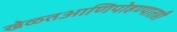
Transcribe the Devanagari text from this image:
खेळतआणिपोहण्यातही